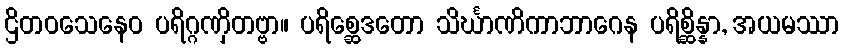
ဌိတဝသေနေဝ ပရိဂ္ဂဏှိတဗ္ဗာ။ ပရိစ္ဆေဒတော သိင်္ဃာဏိကာဘာဂေန ပရိစ္ဆိန္နာ, အယမဿာ